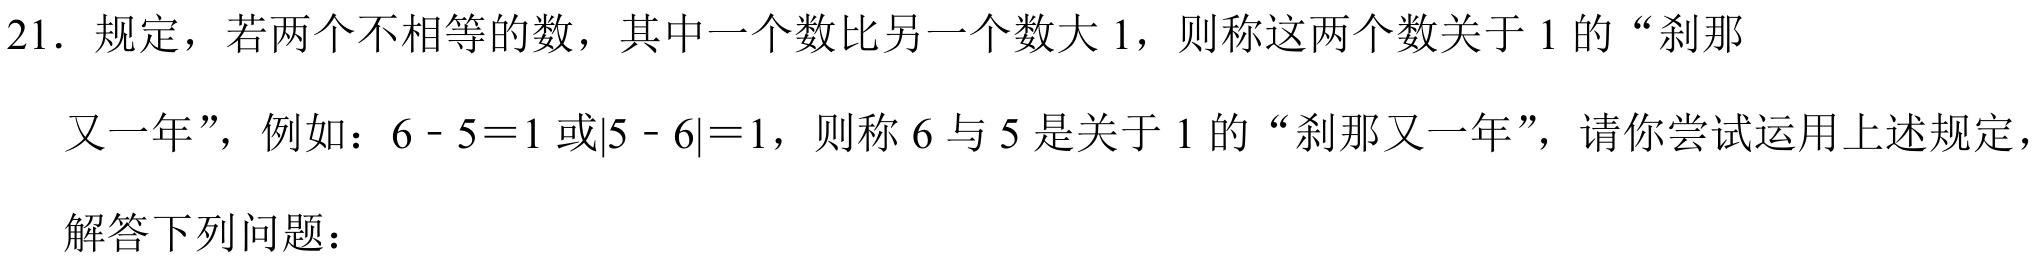
21. 规定，若两个不相等的数，其中一个数比另一个数大 \(1\)，则称这两个数关于 \(1\) 的“刹那又一年”，例如：\(6 - 5 = 1\) 或\(\vert5 - 6\vert = 1\)，则称 \(6\) 与 \(5\) 是关于 \(1\) 的“刹那又一年”，请你尝试运用上述规定，解答下列问题：